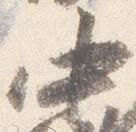
中